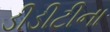
ડીડીટીના